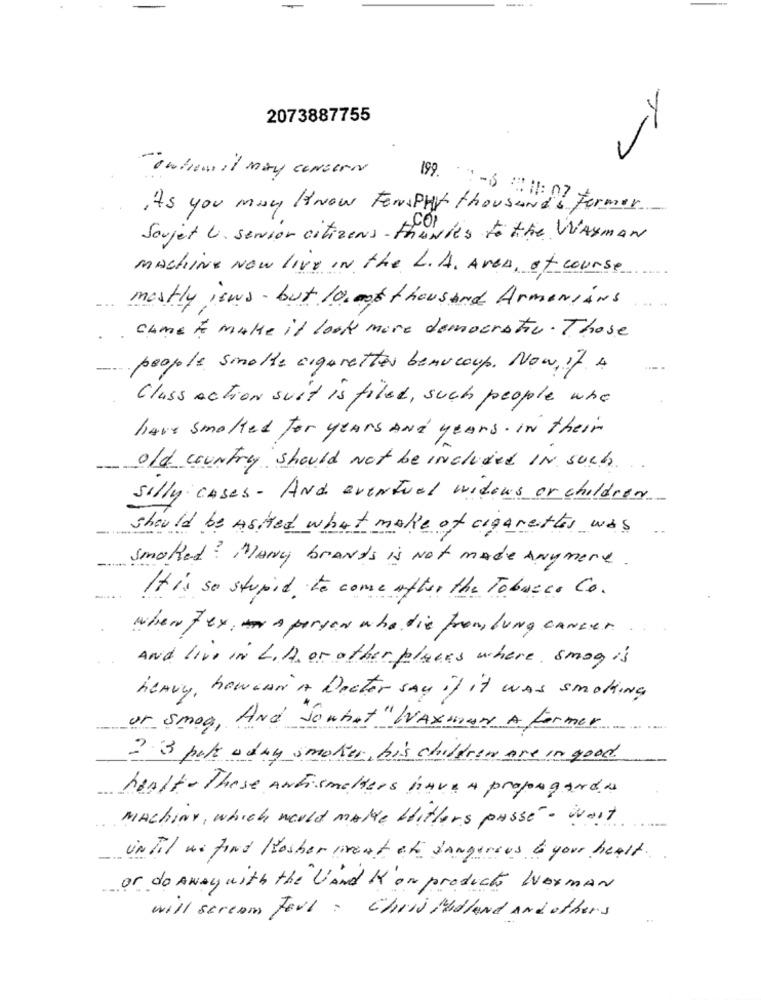
2073887755
TOwhom it may concern
199.
it's you may know FerPhy thousands
2-6 811: 07 Former-
Soujet U. senior citizens - thanks to the WAYMAN
Machine Now live IN the L.A. Aven, of course
mostly itws- but 10. not thousand ArmeniANS
come to make it look more democratic. Those
people smoke cigaretter beaucoup. Now, if A
Class Action suit is filed , such people who
have smoked for years And years. IN their
old country should Not be Included IN such
silly cases- AND eventual widows or children.
should be Asked what make of cigarettes was
smoked? MANy brands is Not made Anymore.
It is so stupid to come after the Tobacco Co.
when fex, un A person who die from lung cancer .
AND live in L.A. or other places where, smog is
heavy , howenn A Dector say if it was smothing
or smog, And Jouhat "WAXman A former
2 3 pote a day smoker, his children are in good
heAlte These ANFismelters have a propaganda
MachINY, which would make Hitlers passé- wait
UN Fil we find Kosher ment at dangerous to your heAlt ..
or do ANAy with the UAnd K'or products WAYMAN
will scream Fella Chris Madland And others